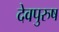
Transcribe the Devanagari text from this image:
देवपुरुष